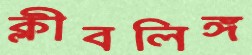
ক্লীবলিঙ্গ